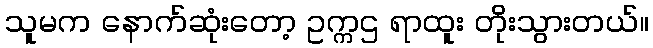
သူမက နောက်ဆုံးတော့ ဥက္ကဌ ရာထူး တိုးသွားတယ်။